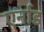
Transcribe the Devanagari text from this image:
एर्नाड